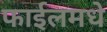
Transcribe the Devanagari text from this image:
फाईलमधे